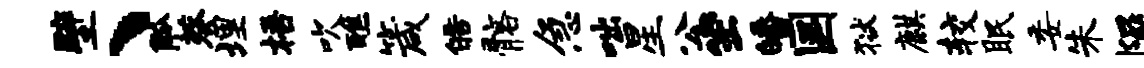
壁、觚葵埋梧吹醮箴皓髂急咄星公坐皤国狱麒较眠委朱隰